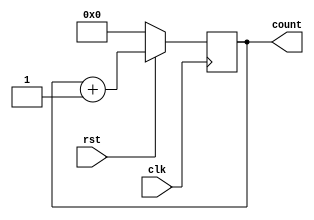
`timescale 1ns / 1ps
//////////////////////////////////////////////////////////////////////////////////
// Company: 
// Engineer: 
// 
// Design Name: 
// Module Name: buffer
// Project Name: 
// Target Devices: 
// Tool Versions: 
// Description: 
// 
// Dependencies: 
// 
// Revision:
// Revision 0.01 - File Created
// Additional Comments:
// 
//////////////////////////////////////////////////////////////////////////////////


module buffer( input clk, input rst, output reg [3:0]count

    );
    
    always@(posedge clk)
    begin
        if(rst == 1'b0) count <=0;
        else count <= count+1;
        
    end
endmodule